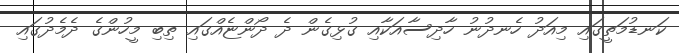
ކަނޑުމަތީގައި މިއަދު ހެނދުނު ހާދިސާއަކާއި ގުޅިގެން ދެ ދޯންޏެއްގައި ތިބި މީހުންގެ ދެމެދުގައި